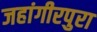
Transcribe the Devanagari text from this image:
जहांगीरपुरा